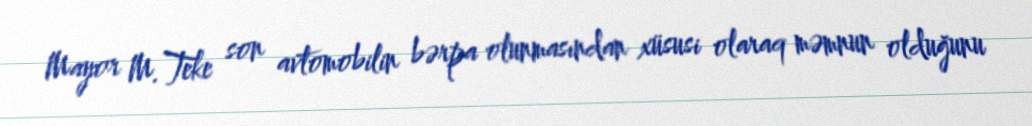
Mayor M.Teke son avtomobilin bərpa olunmasından xüsusi olaraq məmnun olduğunu